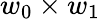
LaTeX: w_{0}\times w_{1}